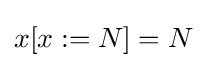
x[x:=N]=N